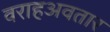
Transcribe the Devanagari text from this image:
वराहअवतार